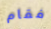
فقام